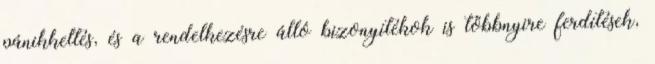
pánikkeltés, és a rendelkezésre álló bizonyítékok is többnyire ferdítések,